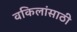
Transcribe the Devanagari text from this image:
वकिलांसाठी